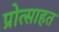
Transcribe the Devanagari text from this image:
प्रोत्साहत